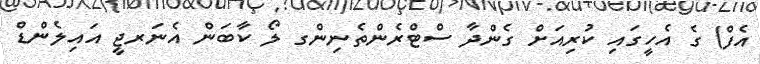
އެފް) ގެ އެހީގައި ކުރިއަށް ގެންދާ ސްޓްރެންތެނިންގ ލޯ ކާބަން އެނަރޖީ އައިލެންޑް